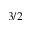
3 / 2